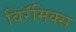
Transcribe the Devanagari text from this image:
विरॅमिक्स